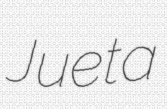
Jueta